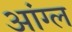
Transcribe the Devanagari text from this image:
आंग्‍ल